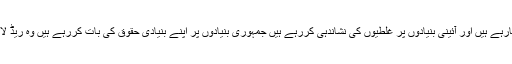
جو آئین کی روشنی میں سوال اٹھارہے ہیں اور آئینی بنیادوں پر غلطیوں کی نشاندہی کررہے ہیں جمہوری بنیادوں پر اپنے بنیادی حقوق کی بات کررہے ہیں وہ ریڈ لائن عبور کرنے کے مرتکب ہیں۔